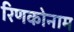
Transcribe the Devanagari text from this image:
रिणकोनाम